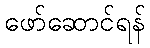
ဖော်ဆောင်ရန်